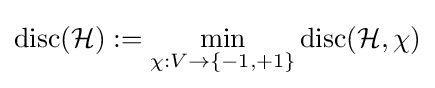
\operatorname {disc} ({\mathcal {H}}):=\min _{\chi :V\rightarrow \{-1,+1\}}\operatorname {disc} ({\mathcal {H}},\chi )